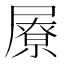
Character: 㞠